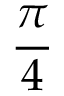
\frac { \pi } { 4 }